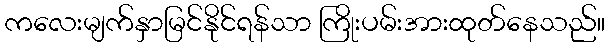
ကလေးမျက်နှာမြင်နိုင်ရန်သာ ကြိုးပမ်းအားထုတ်နေသည်။